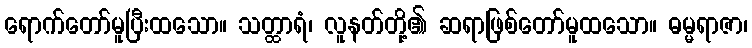
ရောက်တော်မူပြီးထသော။ သတ္ထာရံ၊ လူနတ်တို့၏ ဆရာဖြစ်တော်မူထသော။ ဓမ္မရာဇာ၊